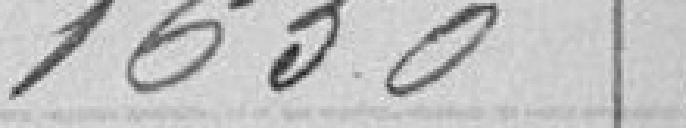
1650